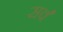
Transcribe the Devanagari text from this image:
सर्वँ